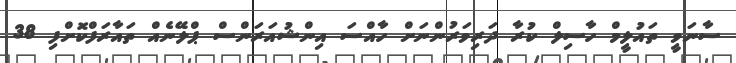
ސާނަވީ ތައުލީމް ހާސިލް ކުރާ ދަރިވަރުންނަށް ހާއްސަ އިންޝުއަރަންސް ޕްލޭނެއް ތައާރަފްކޮށްފި 38